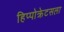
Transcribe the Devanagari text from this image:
हिप्पोक्रेटसला